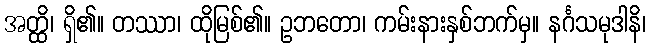
အတ္ထိ၊ ရှိ၏။ တဿာ၊ ထိုမြစ်၏။ ဥဘတော၊ ကမ်းနားနှစ်ဘက်မှ။ နင်္ဂသမုဒါနိ၊